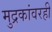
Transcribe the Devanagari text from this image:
मुद्रकांवरही